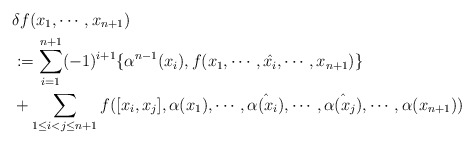
\begin{align*}&\delta f(x_1,\cdots,x_{n+1})\\&:= \sum_{i=1}^{n+1}(-1)^{i+1}\{\alpha^{n-1}(x_i),f(x_1,\cdots,\hat{x_i},\cdots,x_{n+1})\}\\&+\sum_{1\leq i<j\leq n+1}f([x_i,x_j],\alpha(x_1),\cdots,\hat{\alpha(x_i)},\cdots,\hat{\alpha(x_j)},\cdots,\alpha(x_{n+1}))\end{align*}